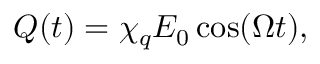
Q ( t ) = \chi _ { q } E _ { 0 } \cos ( \Omega t ) ,